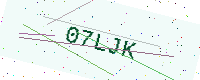
Text: 07LJK